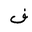
Letter: _fa